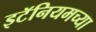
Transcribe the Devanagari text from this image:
इटॅनियमच्या